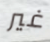
غير